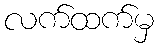
လက်ထက်မှ